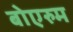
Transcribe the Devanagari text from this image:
बोएरुम